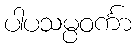
ပါပသမ္ပဝင်္ကာ